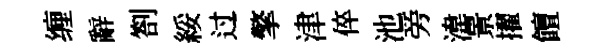
缠辭劄綏过擎津倅池旁湋㬌擢饘